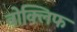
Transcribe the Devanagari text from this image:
वोक्लिफ